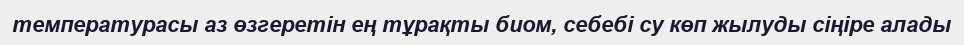
температурасы аз өзгеретін ең тұрақты биом, себебі су көп жылуды сіңіре алады